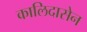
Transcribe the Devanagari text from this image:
कालिदासेन